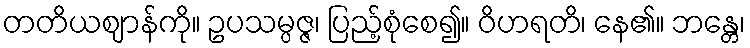
တတိယဈာန်ကို။ ဥပသမ္ပဇ္ဇ၊ ပြည့်စုံစေ၍။ ဝိဟရတိ၊ နေ၏။ ဘန္တေ၊